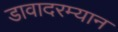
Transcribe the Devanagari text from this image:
डावादरम्यान